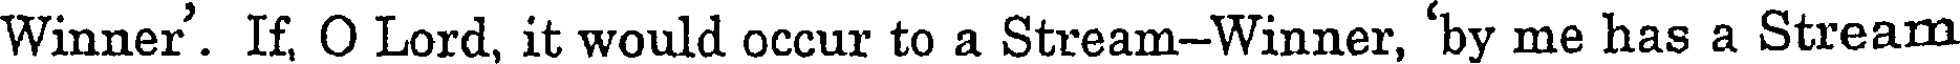
Winner'. If, O Lord, it would occur to a Stream-Winner, 'by me has a Stream